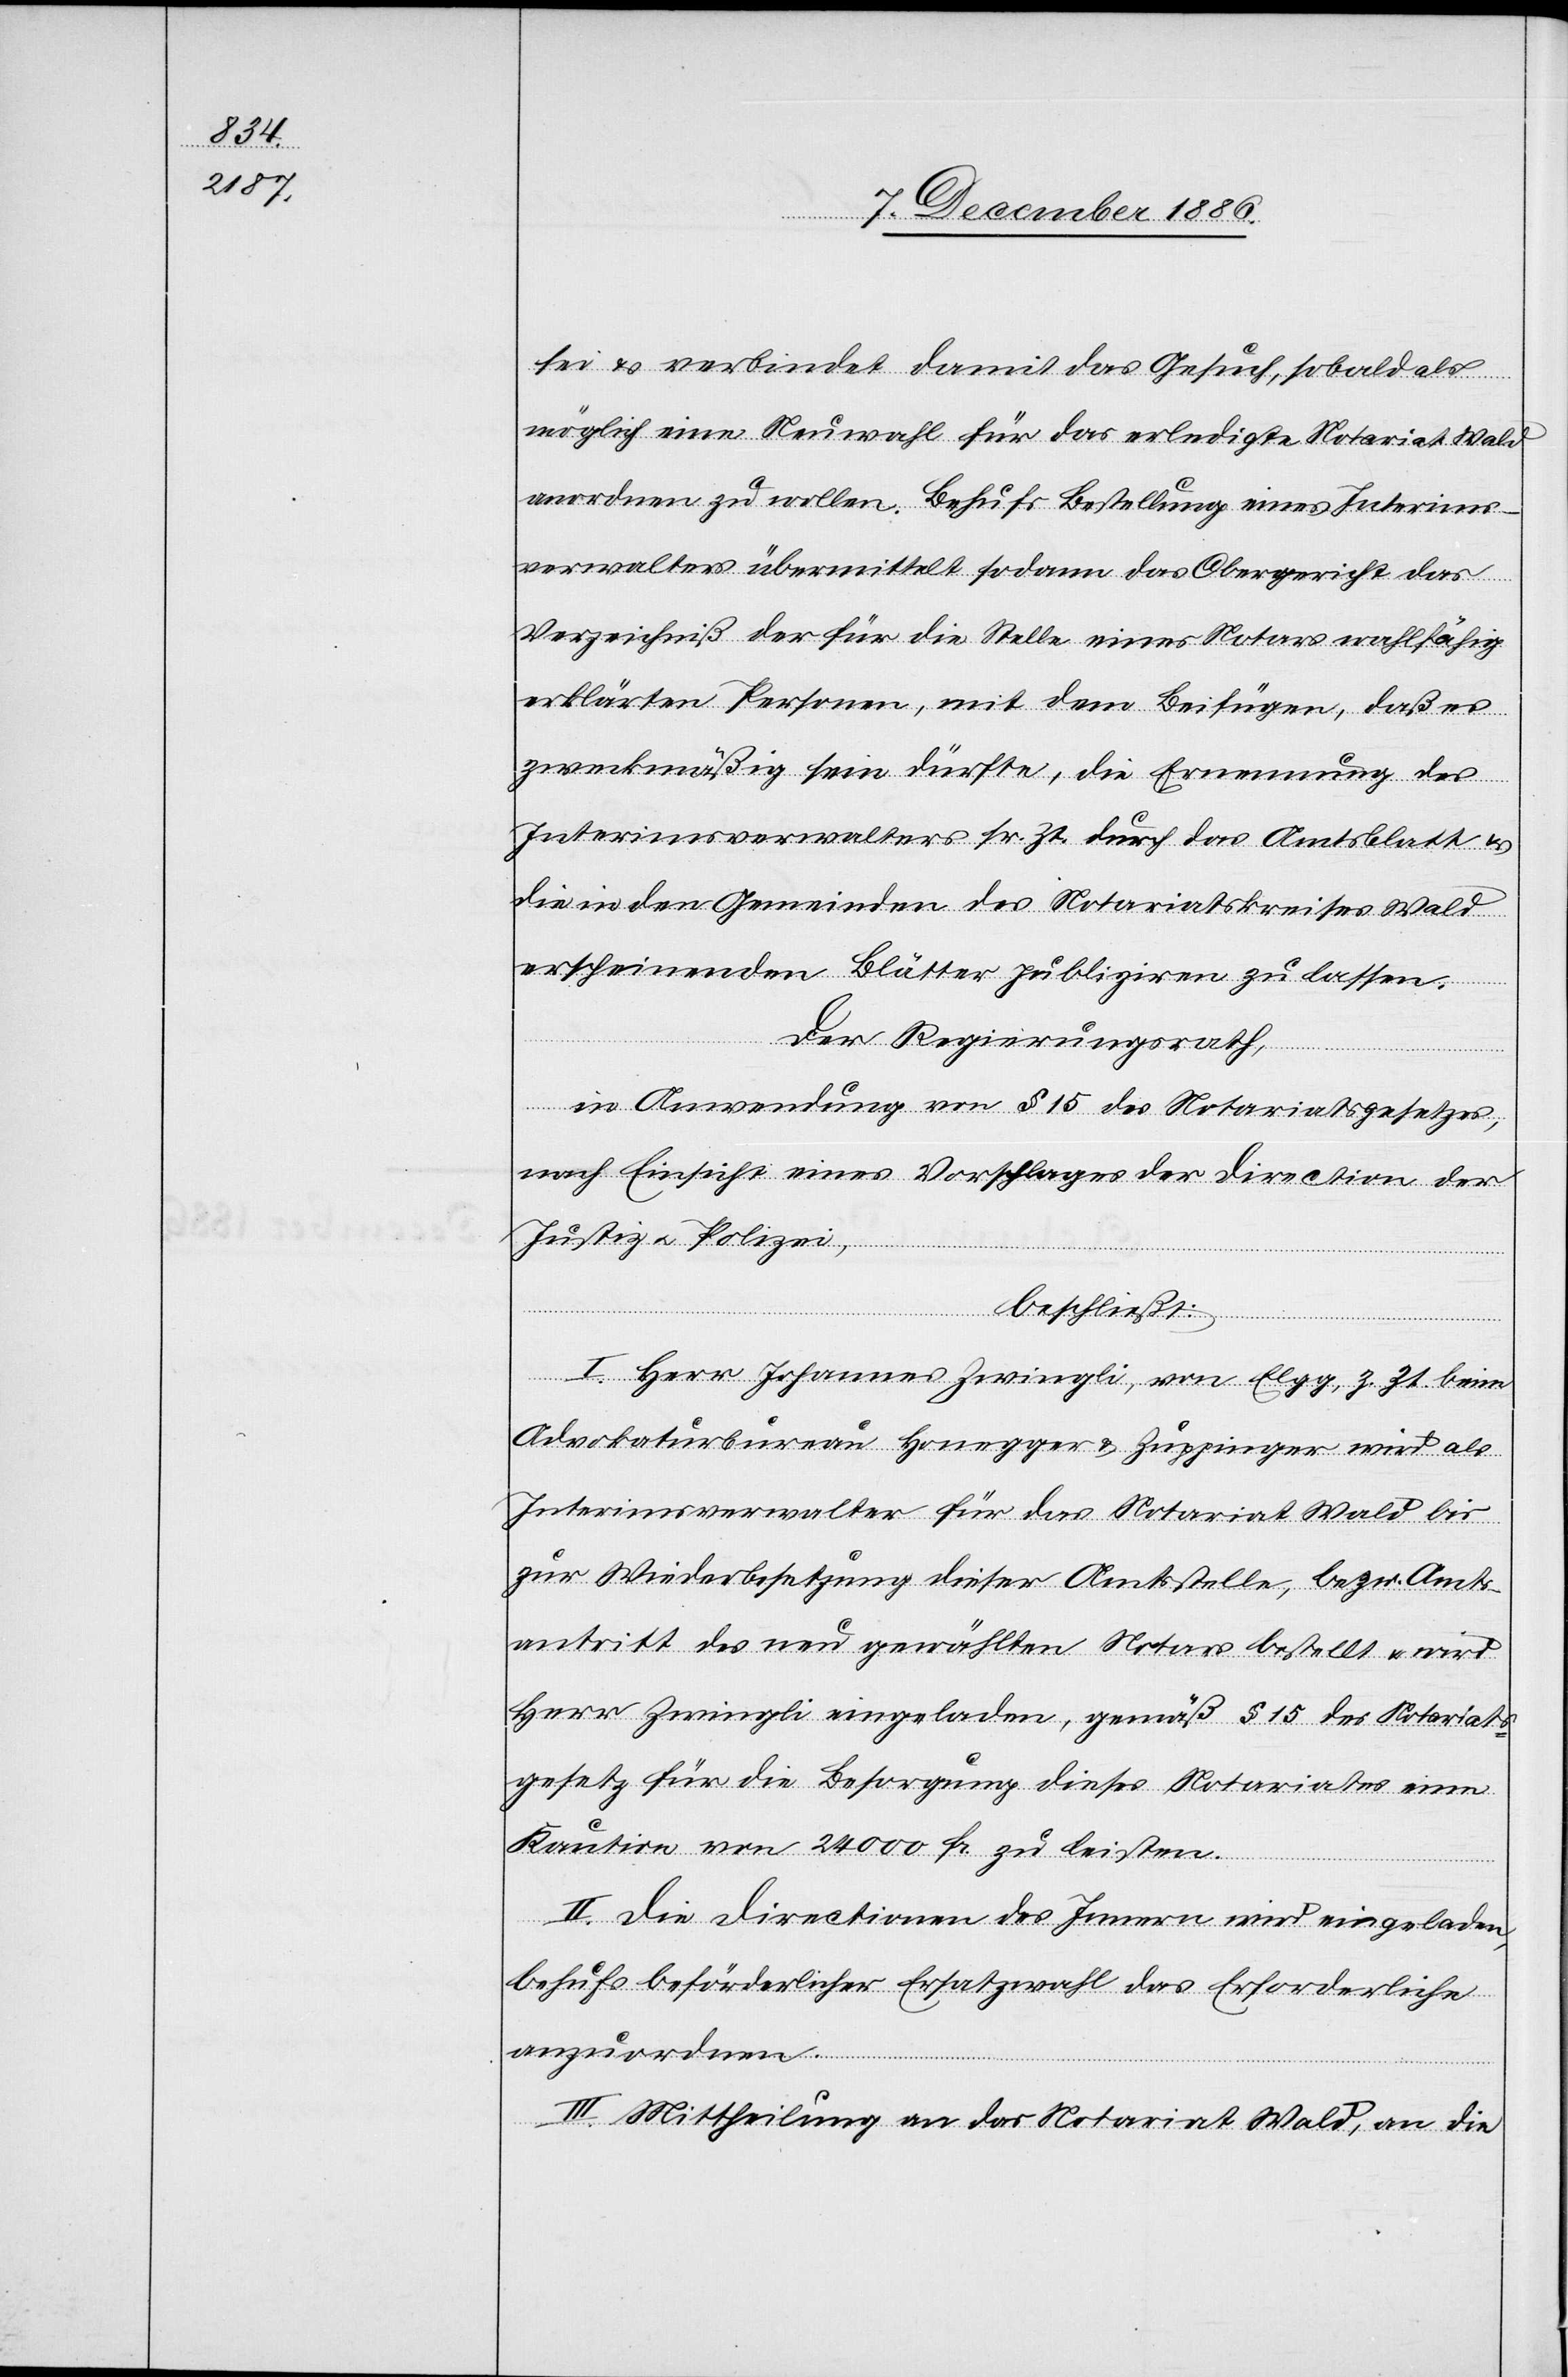
sei & verbindet damit das Gesuch, sobald als
möglich eine Neuwahl für das erledigte Notariat Wald
anordnen zu wollen. Behufs Bestellung eines Interims¬
verwalters übermittelt sodann das Obergericht das
Verzeichniß der für die Stelle eines Notars wahlfähig
erklärten Personen, mit dem Beifügen, daß es
zweckmäßig sein dürfte, die Ernennung des
Interimsverwalters sr. Zt. durch das Amtsblatt &
die in den Gemeinden des Notariatskreises Wald
erscheinenden Blätter publiziren zu lassen.
Der Regierungsrath,
in Anwendung von § 15 des Notariatsgesetzes,
nach Einsicht eines Vorschlages der Direction der
Justiz & Polizei,
beschließt:
I. Herr Johannes Zwingli, von Elgg, z. Zt. beim
Advokaturbureau Honegger & Zuppinger wird als
Interimsverwalter für das Notariat Wald bis
zur Wiederbesetzung dieser Amtsstelle, bezw. Amts¬
antritt des neu gewählten Notars bestellt & wird
Herr Zwingli eingeladen, gemäß § 15 des Notariats¬
gesetz[es] für die Besorgung dieses Notariates eine
Kaution von 24 000 Fr. zu leisten.
II. Die Direction des Innern wird eingeladen,
behufs beförderlicher Ersatzwahl das Erforderliche
anzuordnen.
III. Mittheilung an das Notariat Wald, an die